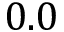
0 . 0